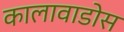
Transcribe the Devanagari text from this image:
कालावाडोस